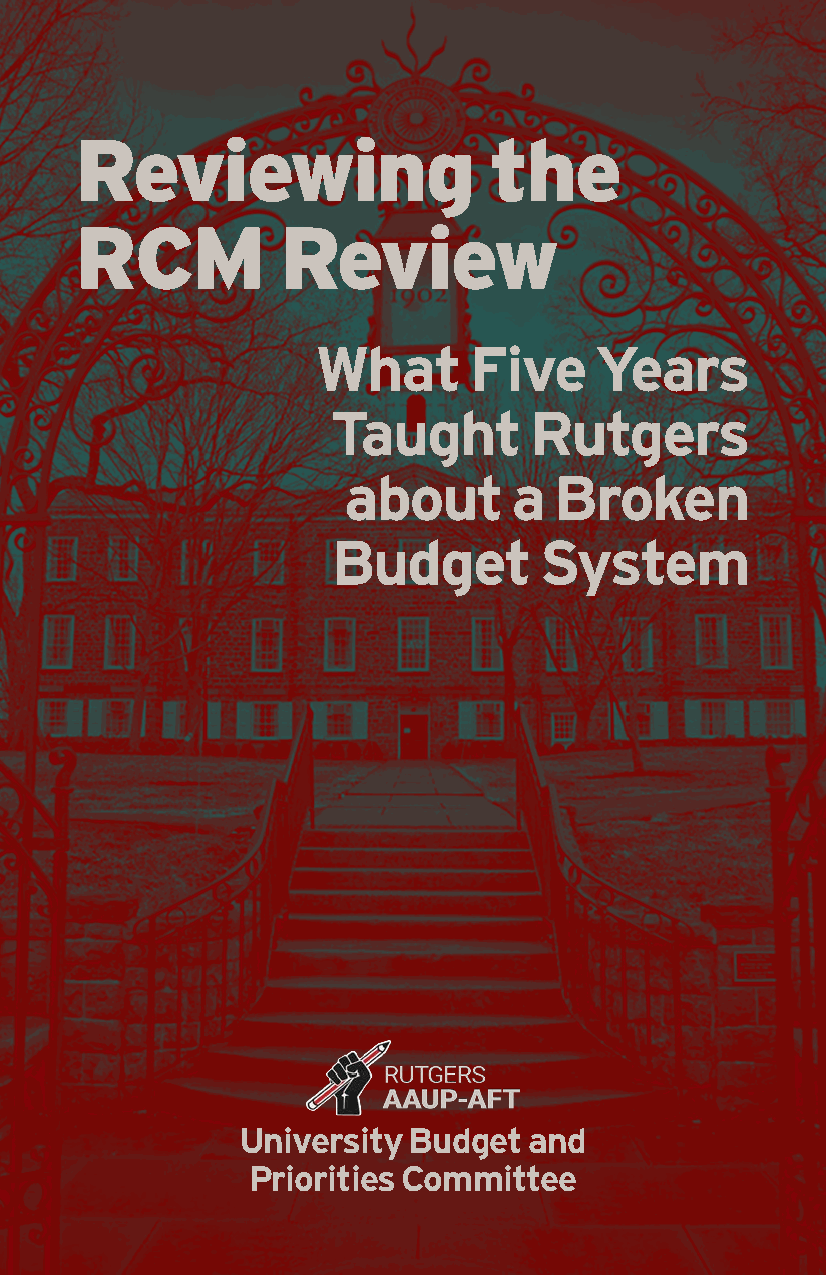
Reviewing                  the
 RCM          Review
 What      Five    Years
 Taught       Rutgers
 about      a  Broken
 Budget        System
 University Budget  and
 Priorities Committee